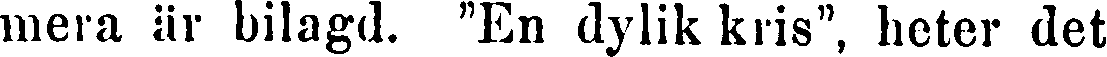
mera är bilagd. "En dylik kris", heter det